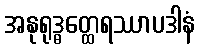
အနုရုဒ္ဓတ္ထေရဿာပဒါနံ